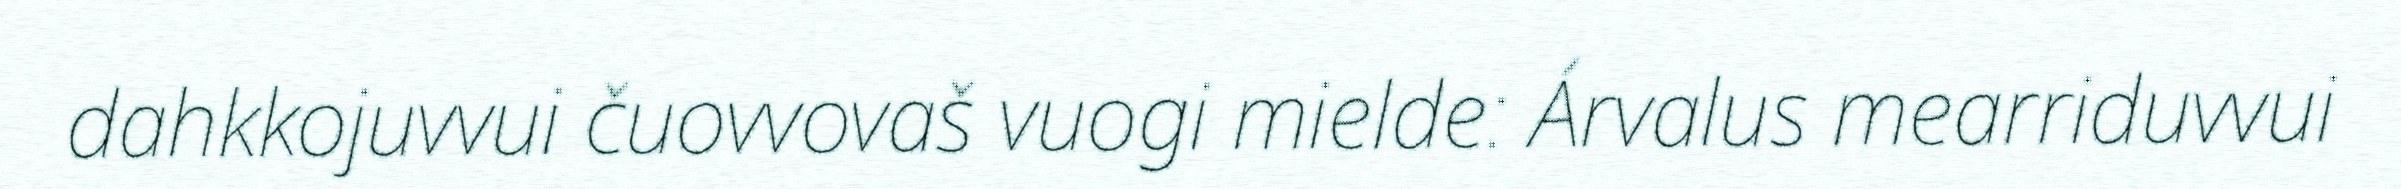
dahkkojuvvui čuovvovaš vuogi mielde: Árvalus mearriduvvui